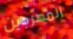
المهرجين